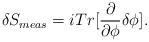
LaTeX: \begin{align*}\delta S_{meas}=iTr[\frac{\partial}{\partial\phi}\delta\phi].\end{align*}